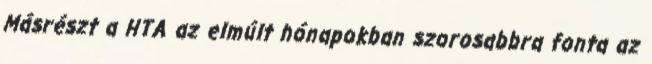
Másrészt a HTA az elmúlt hónapokban szorosabbra fonta az